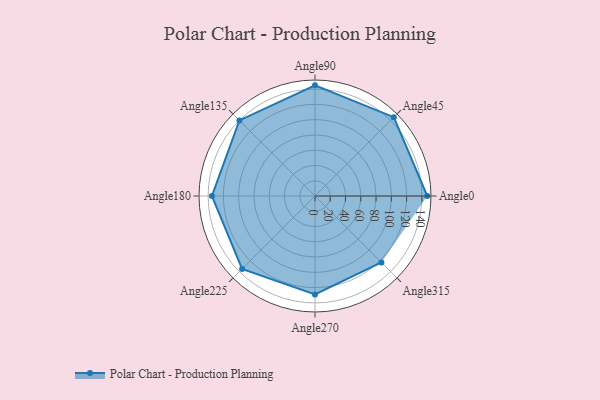
{"axis": {"x": "Angle", "y": "Radius"}, "legend": [""], "data": [{"x": "Angle0", "y": 147.0, "type": ""}, {"x": "Angle45", "y": 146.0, "type": ""}, {"x": "Angle90", "y": 145.0, "type": ""}, {"x": "Angle135", "y": 140.0, "type": ""}, {"x": "Angle180", "y": 135.0, "type": ""}, {"x": "Angle225", "y": 135.0, "type": ""}, {"x": "Angle270", "y": 129.0, "type": ""}, {"x": "Angle315", "y": 123.0, "type": ""}]}